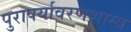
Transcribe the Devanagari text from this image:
पुरापर्यावरणशास्त्र